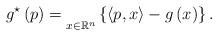
LaTeX: \begin{align*}g^{\star}\left(p\right)=\underset{x\in\mathbb{R}^{n}}{}\left\{ \left\langle p,x\right\rangle -g\left(x\right)\right\} .\end{align*}